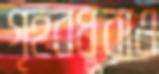
গৃহবধূরাও